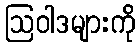
ဩဝါဒများကို